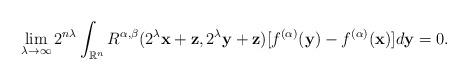
LaTeX: \begin{align*} \lim_{\lambda\to\infty}2^{n\lambda}\int_{\mathbb{R}^{n}} R^{\alpha,\beta}(2^{\lambda}\mathbf{x}+\mathbf{z}, 2^{\lambda}\mathbf{y}+\mathbf{z})[f^{(\alpha)}(\mathbf{y})-f^{(\alpha)}(\mathbf{x})]d\mathbf{y}=0.\end{align*}